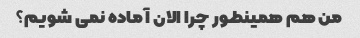
من هم همینطور چرا الان آماده نمی شویم؟